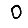
Digit: 0